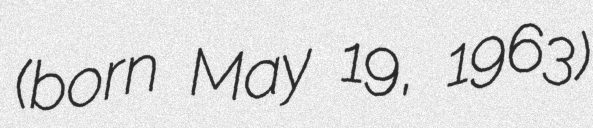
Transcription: (born May 19, 1963)